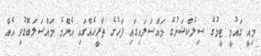
މިއީ ގައުމީ ޓީމުގެ ސިލެކްޝަނުގެ މައްސަލައިގައި ފަހުގެ ތާރީހެއްގައި އެންމެ މައްސަލަބޮޑުވި އެއް